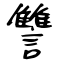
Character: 讐